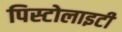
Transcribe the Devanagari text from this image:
पिस्टोलाइटी